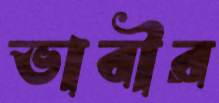
ভাবীর